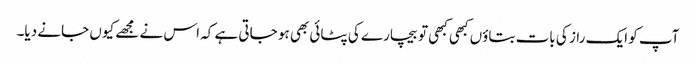
آپ کو ایک راز کی بات بتاؤں کبھی کبھی تو بیچارے کی پٹائی بھی ہو جاتی ہے کہ اس نے مجھے کیوں جانے دیا۔